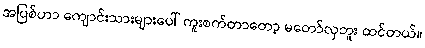
အပြစ်ဟာ ကျောင်းသားများပေါ် ကူးစက်တာတော့ မတော်လှဘူး ထင်တယ်။